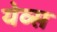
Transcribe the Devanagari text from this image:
येव्स